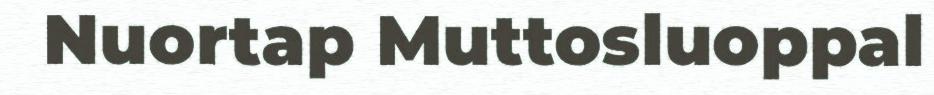
Nuortap Muttosluoppal